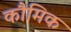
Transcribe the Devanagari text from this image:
कौमिक